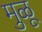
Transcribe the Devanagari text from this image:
मुळू